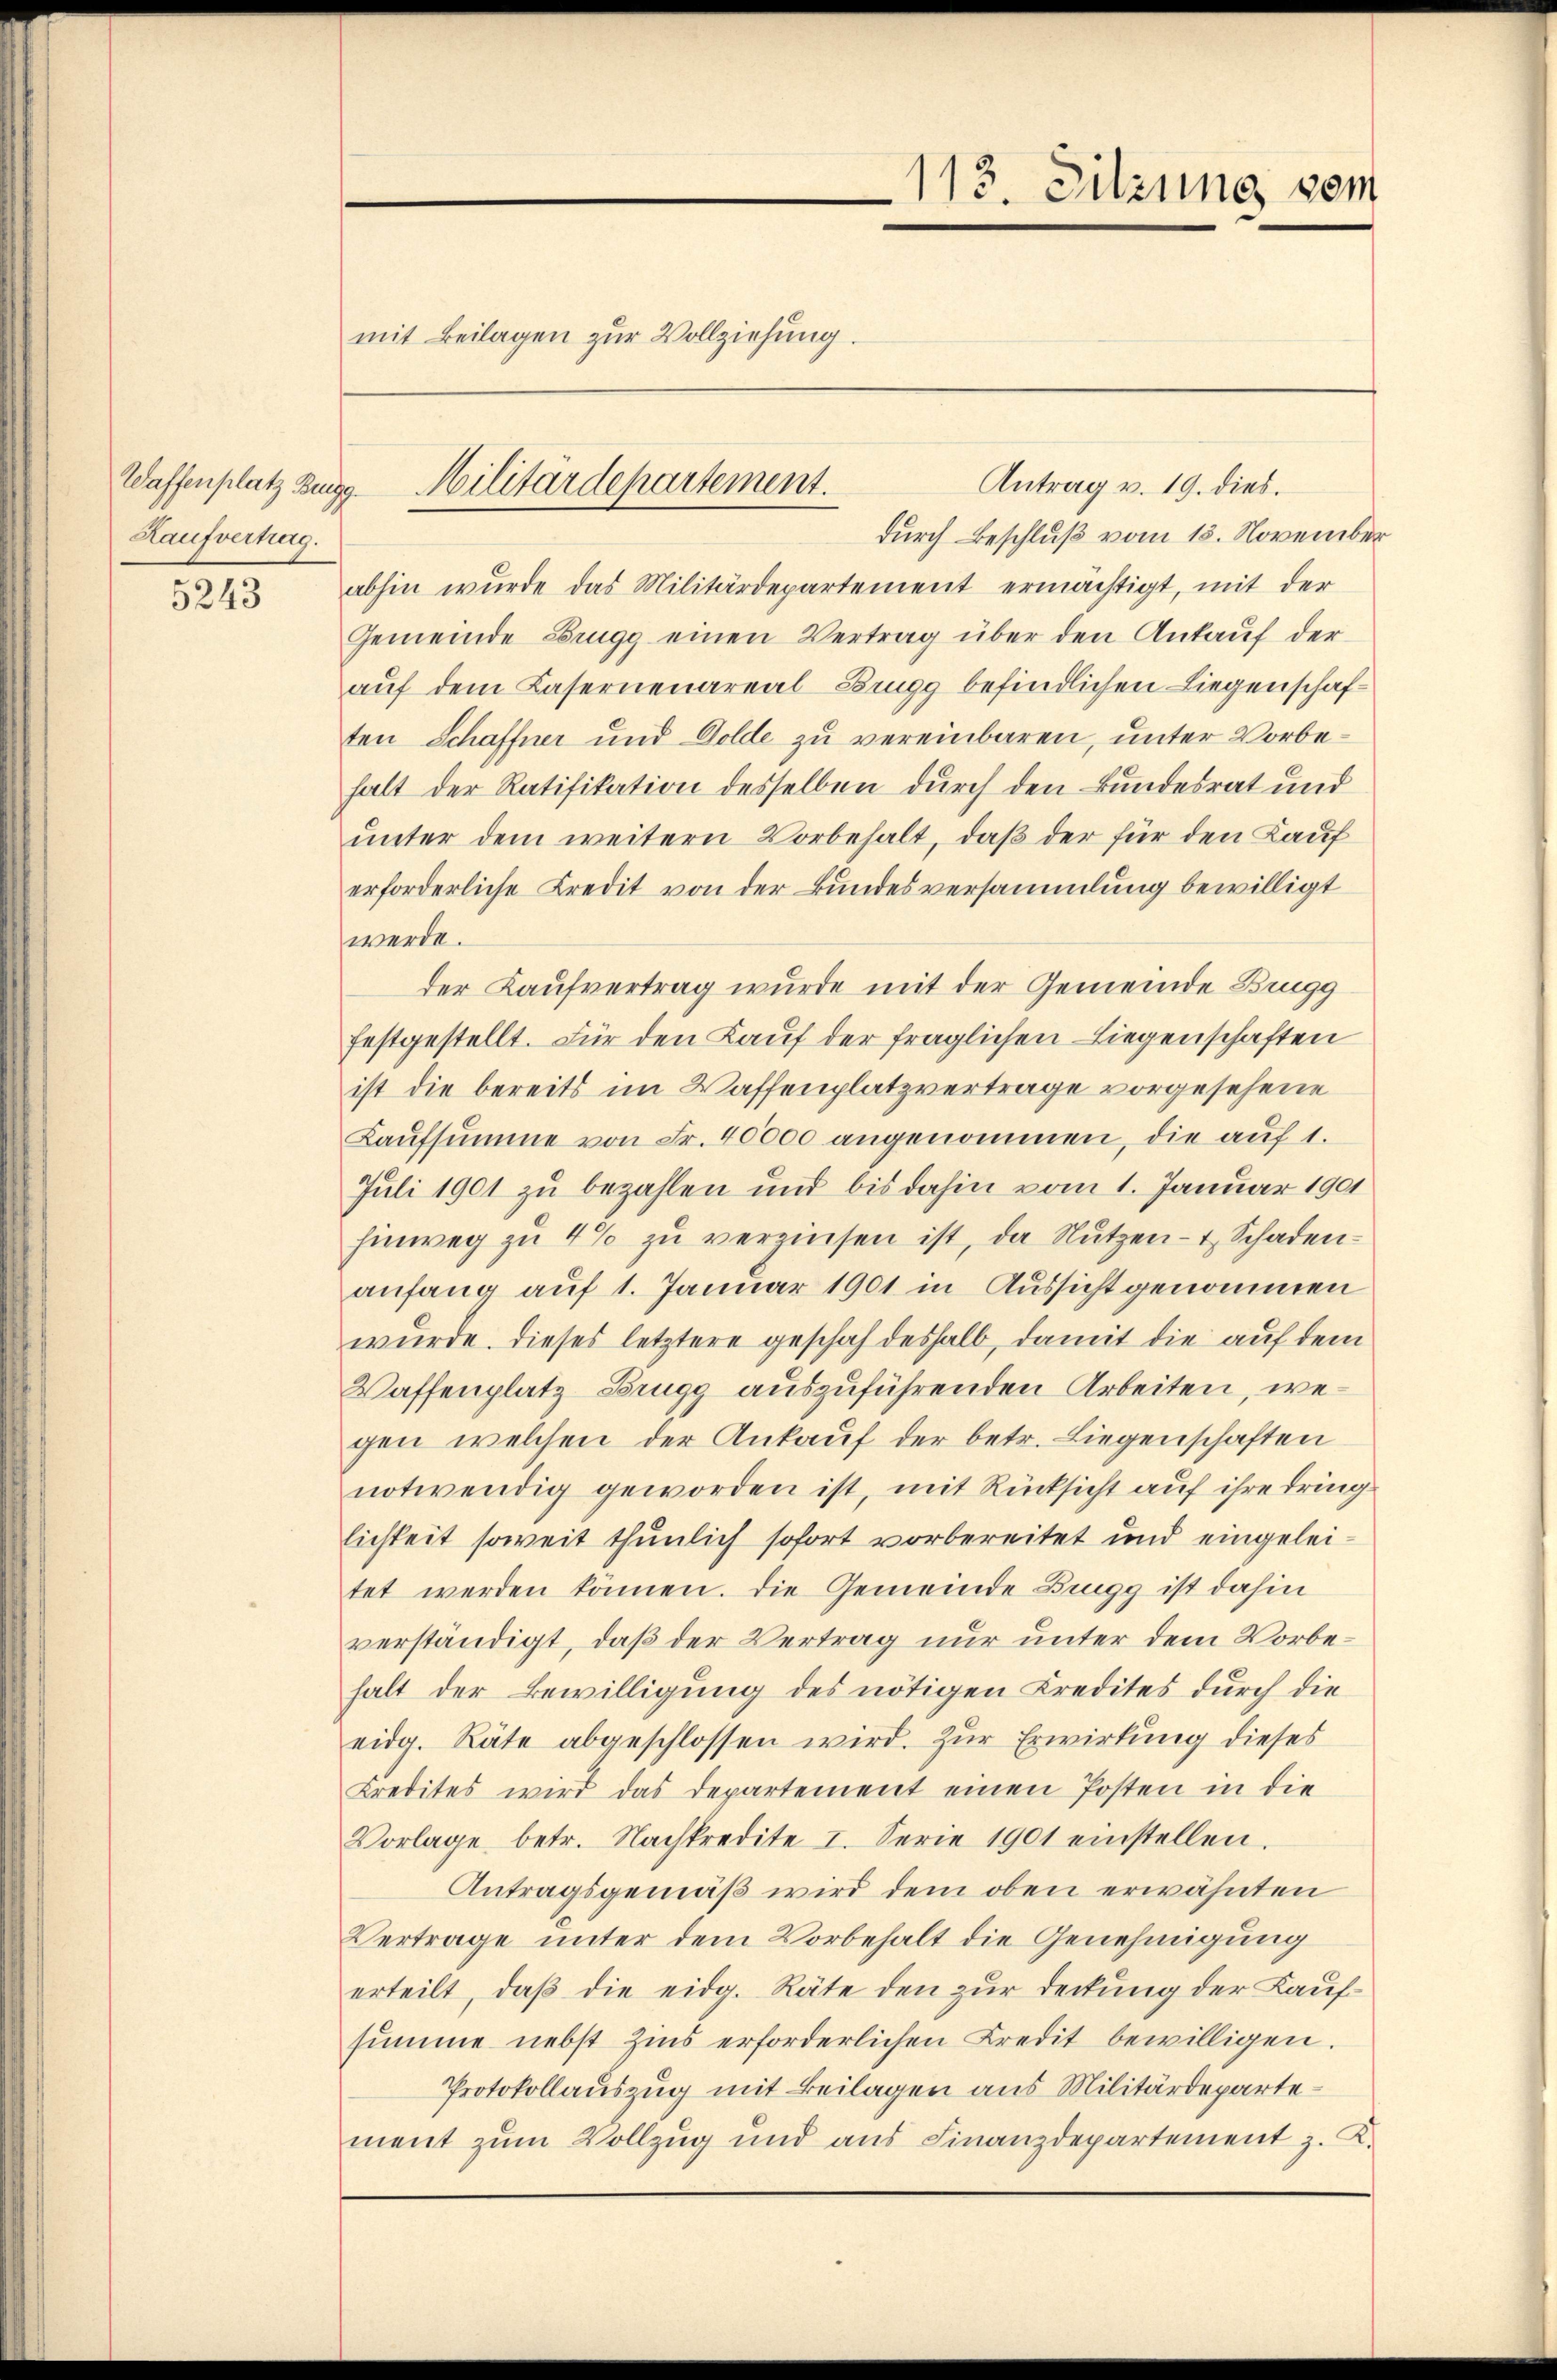
Haufvertrag.

5243

mit Beilagen zur Vollziehung.

Antrag v. 19. dies.
durch Beschluß vom 15. November
abhin wurde das Militärdepartement ermächtigt, mit der
Gemeinde Brugg einen Vertrag über den Ankauf der
auf dem Casernenareal-Brugg befindlichen Liegenschaften Schaffner und Dolde zu vereinbaren, unter Vorbehalt der Ratifikation desselben durch den Bundesrat und
unter dem weitern Vorbehalt, daß der für den Kauf
erforderliche Kredit von der Bundesversammlung bewilligt
werde.
der Kaufvertrag wurde mit der Gemeinde Brugg
festgestellt. Für den Lauf der fraglichen Liegenschaften
ist die bereits im Waffenplatzvertrage vorgesehene
Laŭfsumme von Fr. 40000 angenommen, die auf 1.
Juli 1901 zu bezahlen und bis dahin vom 1. Januar 1901
hinweg zŭ 4% zŭ verzinsen ist, da Nŭtzen- & Schadenanfang auf 1. Januar 1901 in Aussicht genommen
wurde. Dieses letztere geschah deshalb, damit die auf dem
Waffenplatz Prugg auszuführenden Arbeiten, wegen welchen der Ankauf der betr. Liegenschaften
notwendig geworden ist, mit Rücksicht auf ihre dringlichkeit soweit thunlich sofort vorbereitet und eingeleitet werden können. Die Gemeinde Bregg ist dahin
verständigt, daß der Vertrag nur unter dem Vorbehalt der Bewilligung des nötigen Kredites durch die
eidg. Räte abgeschlossen wird. Zur Erwirkung dieses
Kredites wird das Departement einen Posten in die
Vorlage betr. Nachkredite I. Serie 1901 einstellen.
Antragsgemäß wird dem oben erwähnten
Vertrage unter dem Vorbehalt die Genehmigung
erteilt, daß die eidg. Räte den zur Deckung der Kauf-
summe nebst Zins erforderlichen Credit bewilligen.
Protokollauszug mit Beilagen aus Militärdepartement zŭm Vollzŭg und aŭs Finanzdepartement z. K.

Waffenplatz zur Militärdepartement.

113. Sitzung vom